Indian journal of veterinary science and animal husbandry - Volume 8,
Year: 1938
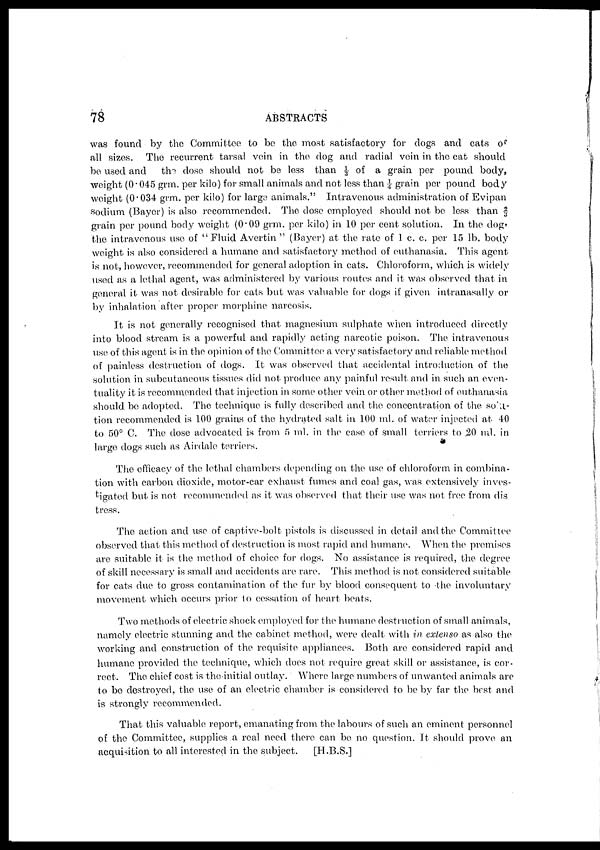
78
ABSTRACTS
was found by the Committee to be the most satisfactory for dogs and cats of
all sizes. The recurrent tarsal vein in the dog and. radial vein in the cat should
be used and the dose should not be less than ⅓ of a grain per pound body,
weight (0.045 grm. per kilo) for small animals and not less than ¼ grain per pound body
weight (0.034 grm. per kilo) for large animals." Intravenous administration of Evipan
sodium (Bayer) is also recommended. The dose employed should not be less than ⅔
grain per pound body weight (0.09 grm. per kilo) in 10 per cent solution. In the dog'
the intravenous use of " Fluid Avertin " (Bayer) at the rate of 1 c. c. per 15 lb. body
weight is also considered a humane and satisfactory method of euthanasia. This agent
is not, however, recommended for general adoption in cats. Chloroform, which is widely
used as a lethal agent, was administered by various routes and it was observed that in
general it was not desirable for cats but was valuable for dogs if given intranasally or
by inhalation after proper morphine narcosis.
It is not generally recognised that magnesium sulphate when introduced directly
into blood stream is a powerful and rapidly acting narcotic poison. The intravenous
use of this agent is in the opinion of the Committee a very satisfactory and reliable method
of painless destruction of dogs. It was observed that accidental introduction of the
solution in subcutaneous tissues did not produce any painful result and in such an even
tuality it is recommended that injection in some other vein or other method of euthanasia
should be adopted. The technique is fully described and the concentration of the solu¬
tion recommended is 100 grains of the hydrated salt in 100 ml. of water injected at 40
to 50° C. The dose advocated is from 5 ml. in the case of small terriers to 20 ml. in
large dogs such as Airdale terriers.
The efficacy of the lethal chambers depending on the use of chloroform in combina
tion with carbon dioxide, motor-car exhaust fumes and coal gas, was extensively inves
tigated but is not recommended as it was observed that their use was not free from dis
tress.
The action and use of captive-bolt pistols is discussed in detail and the Committee
observed that this method of destruction is most rapid and humane. When the premises
are suitable it is the method of choice for dogs. No assistance is required, the degree
of skill necessary is small and accidents are rare. This method is not considered suitable
for cats due to gross contamination of the fur by blood consequent to the involuntary
movement which occurs prior to cessation of heart beats.
Two methods of electric shock employed for the humane destruction of small animals,
namely electric stunning and the cabinet method, were dealt with in extenso as also the
working and construction of the requisite appliances. Both are considered rapid and
humane provided the technique, which does not require great skill or assistance, is cor
rect. The chief cost is the initial outlay. Where large numbers of unwanted animals are
to be destroyed, the use of an electric chamber is considered to be by far the best and
is strongly recommended.
That this valuable report, emanating from the labours of such an eminent personnel
of the Committee, supplies a real need there can be no question. It should prove an
acquisition to all interested in the subject.
[H.B.S.]